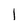
Character: I